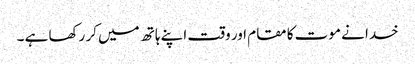
خدا نے موت کا مقام اور وقت اپنے ہاتھ میں کر رکھا ہے ۔